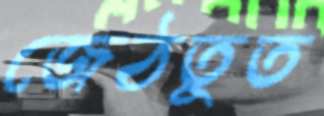
জেঠতুত